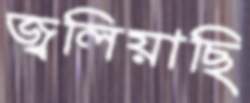
জ্বলিয়াছি